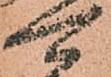
可